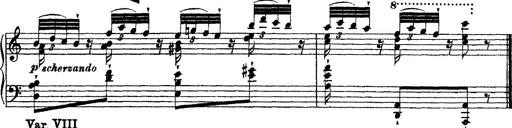
Title: Ã‰tudes d'exÃ©cution transcendante d'aprÃ¨s Paganini
Composer: Franz Liszt